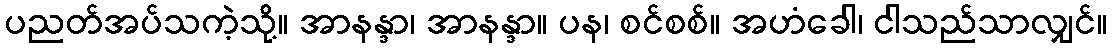
ပညတ်အပ်သကဲ့သို့။ အာနန္ဒာ၊ အာနန္ဒာ။ ပန၊ စင်စစ်။ အဟံခေါ၊ ငါသည်သာလျှင်။